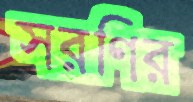
সরণির